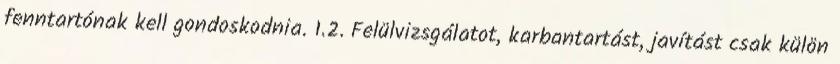
fenntartónak kell gondoskodnia. 1.2. Felülvizsgálatot, karbantartást, javítást csak külön